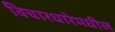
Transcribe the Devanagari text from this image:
विचारधारेमधील